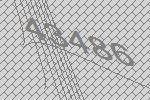
43486